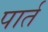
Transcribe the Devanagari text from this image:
पार्त